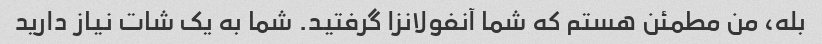
بله، من مطمئن هستم که شما آنفولانزا گرفتید. شما به یک شات نیاز دارید